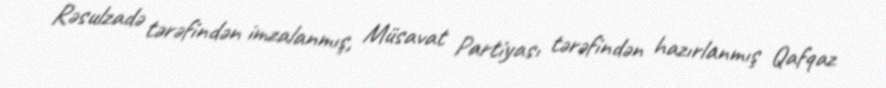
Rəsulzadə tərəfindən imzalanmış, Müsavat Partiyası tərəfindən hazırlanmış Qafqaz